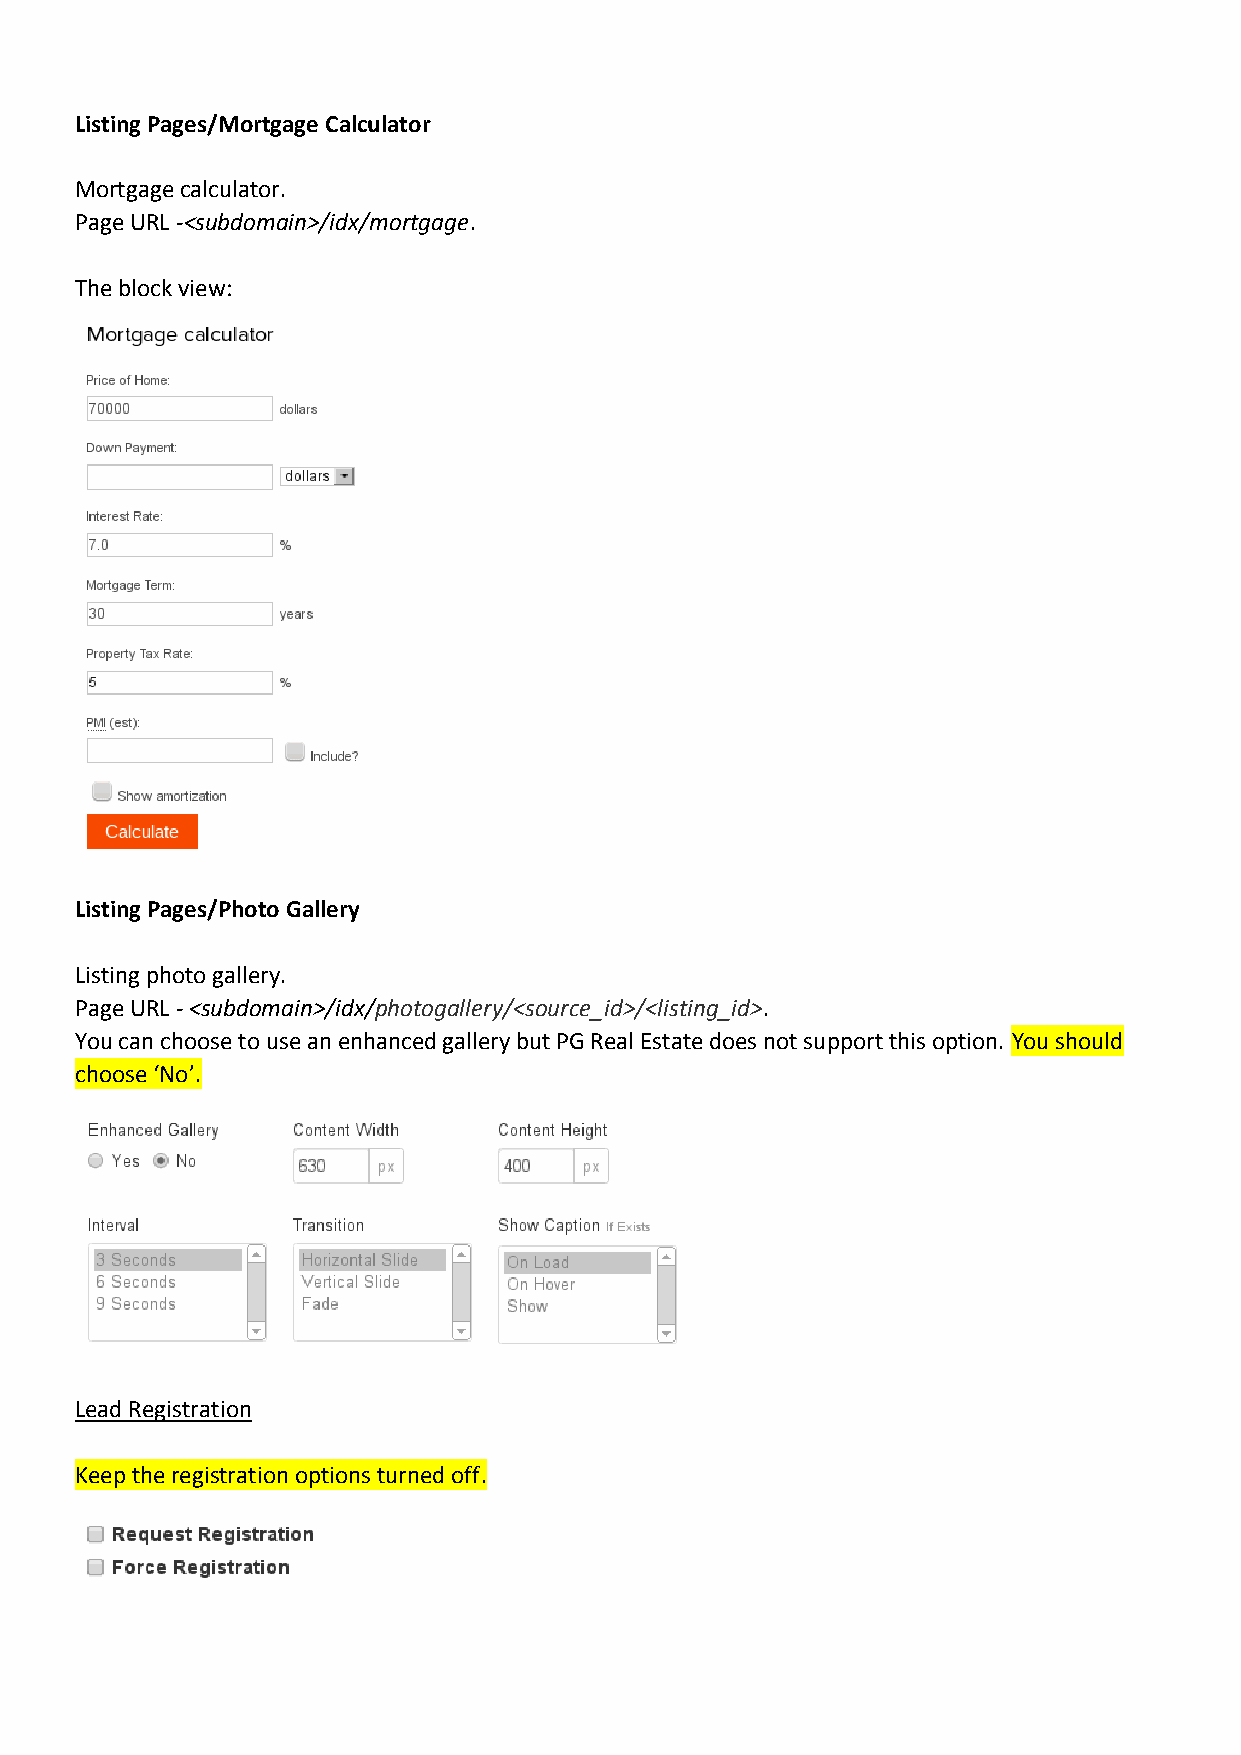
Listing Pages/Mortgage Calculator
 Mortgage calculator.
 Page URL -<subdomain>/idx/mortgage.
 The block view:
 Listing Pages/Photo Gallery
 Listing photo gallery.
 Page URL - <subdomain>/idx/photogallery/<source_id>/<listing_id>.
 You can choose to use an enhanced gallery but PG Real Estate does not support this option. You should
 choose ‘No’.
 Lead Registration
 Keep the registration options turned off.